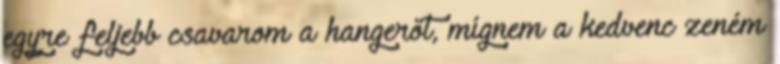
egyre feljebb csavarom a hangerőt, mígnem a kedvenc zeném